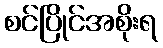
စင်ပြိုင်အစိုးရ